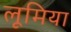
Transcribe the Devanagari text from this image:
लूमिया